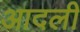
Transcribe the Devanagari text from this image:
आदली